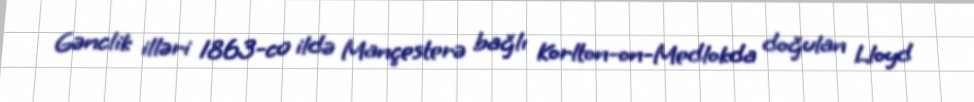
Gənclik illəri 1863-cü ildə Mançesterə bağlı Korlton-on-Medlokda doğulan Lloyd